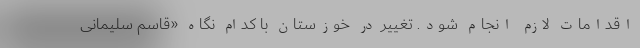
اقدامات لازم انجام شود. تغییر در خوزستان با کدام نگاه «قاسم سلیمانی